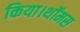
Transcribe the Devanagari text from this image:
किया।थॉमस